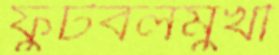
ফুটবলমুখী